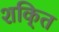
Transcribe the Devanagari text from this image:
शकि्त